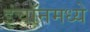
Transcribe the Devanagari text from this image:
इंचॉनमध्ये